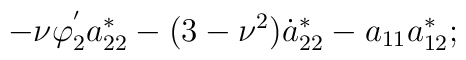
-\nu\varphi_{2}^{'}a_{22}^{*} - (3 - \nu^{2})\dot{a}_{22}^{*} -a_{11}a_{12}^{*} ;